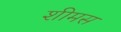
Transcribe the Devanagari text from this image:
शीमस